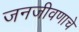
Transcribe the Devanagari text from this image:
जनजीवणाचे